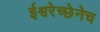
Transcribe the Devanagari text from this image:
ईश्वरेच्छेनेच